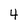
Character: 4